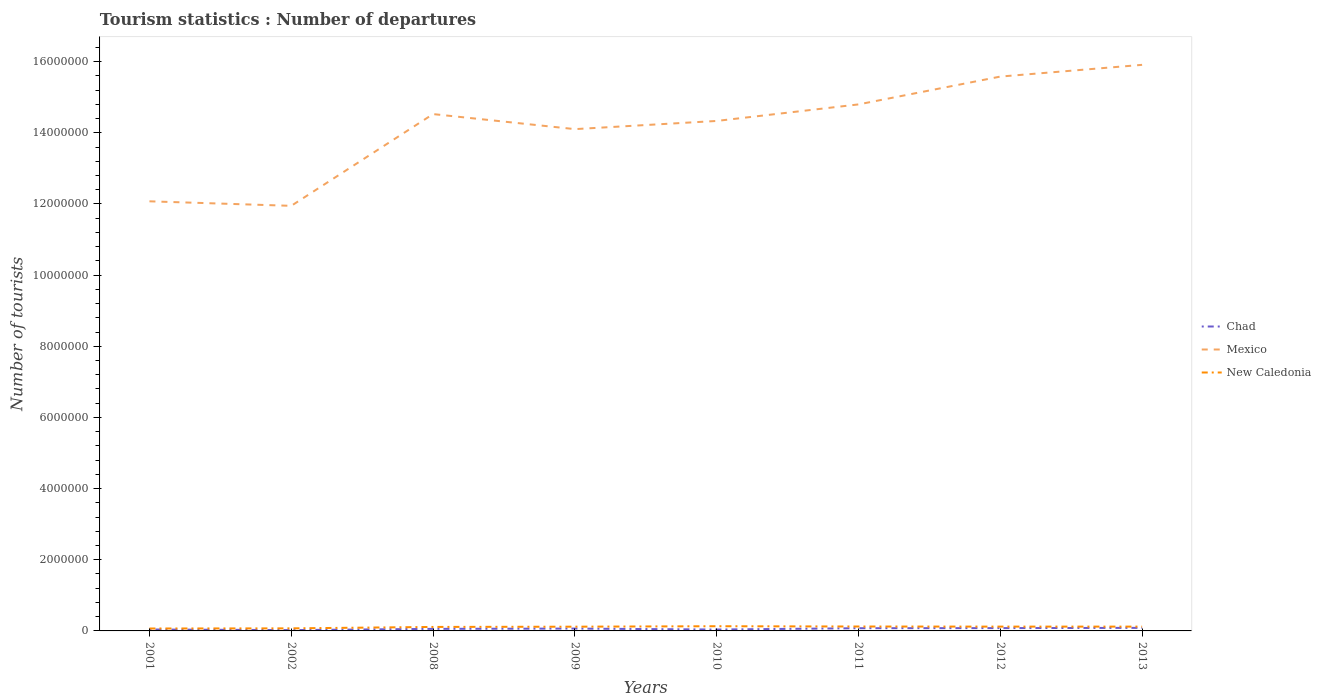
| Years | Chad | Mexico | New Caledonia |
 | --- | --- | --- | --- |
 | 2001 | 4e+04 | 1.21e+07 | 6.8e+04 |
 | 2002 | 2.3e+04 | 1.19e+07 | 7.2e+04 |
 | 2008 | 5.8e+04 | 1.45e+07 | 1.12e+05 |
 | 2009 | 6.6e+04 | 1.41e+07 | 1.19e+05 |
 | 2010 | 3.9e+04 | 1.43e+07 | 1.32e+05 |
 | 2011 | 7.6e+04 | 1.48e+07 | 1.24e+05 |
 | 2012 | 7.9e+04 | 1.56e+07 | 1.21e+05 |
 | 2013 | 8.6e+04 | 1.59e+07 | 1.21e+05 |